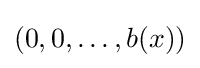
(0,0,\ldots ,b(x))